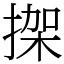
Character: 𢱌